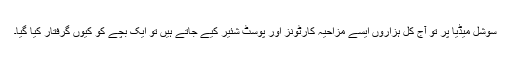
سوشل میڈیا پر تو آج کل ہزاروں ایسے مزاحیہ کارٹونز اور پوسٹ شئیر کیے جاتے ہیں تو ایک بچے کو کیوں گرفتار کیا گیا۔